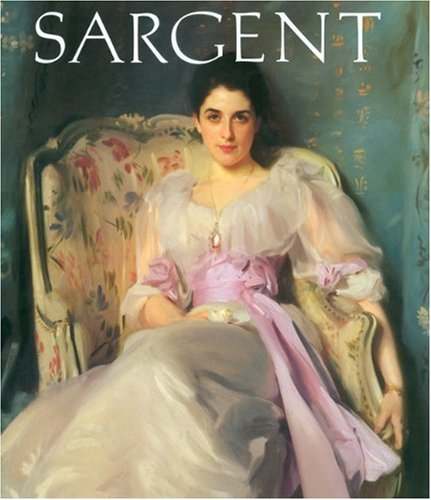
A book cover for John Singer Sargent; Carter Ratcliff; Arts & Photography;